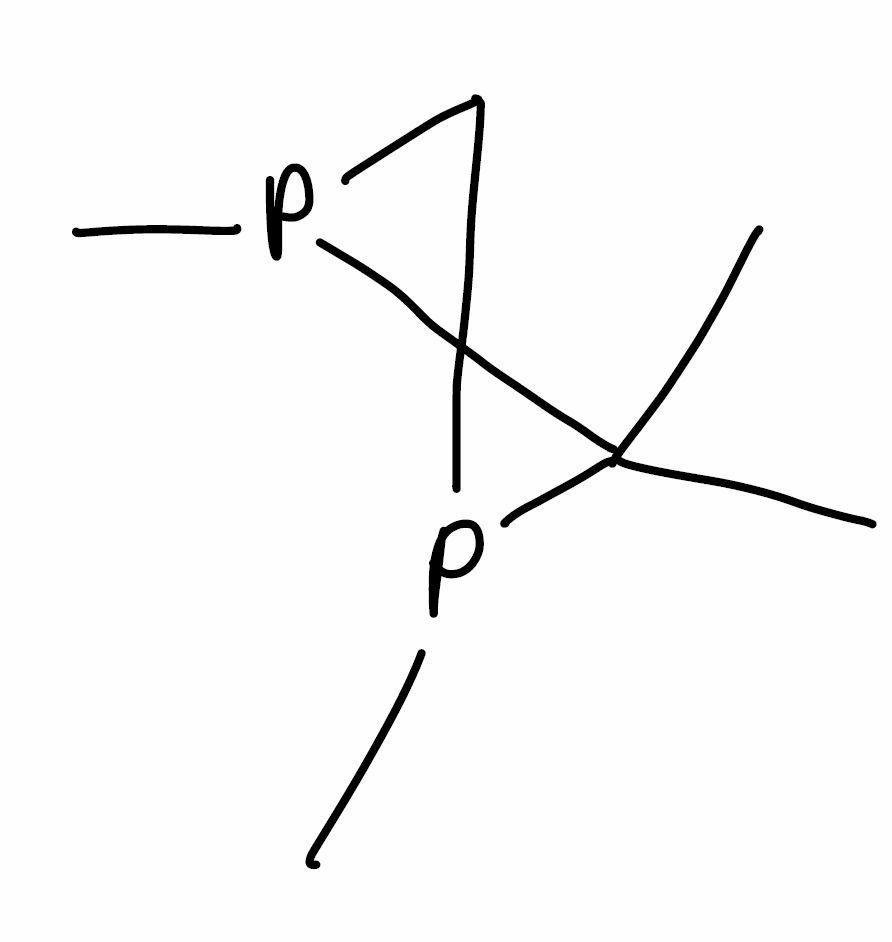
Simplified molecular-input line-entry system (SMILES) notation of the given molecule:
CC1(C2(P1C)CP2C)C